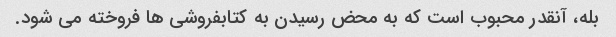
بله، آنقدر محبوب است که به محض رسیدن به کتابفروشی ها فروخته می شود.